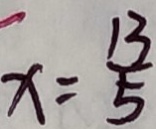
x = \frac { 1 3 } { 5 }